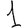
Digit: 1